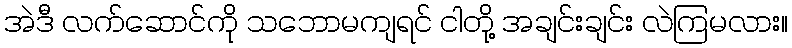
အဲဒီ လက်ဆောင်ကို သဘောမကျရင် ငါတို့ အချင်းချင်း လဲကြမလား။